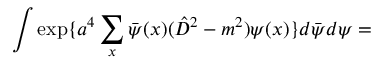
\int \exp \{ a ^ { 4 } \sum _ { x } \bar { \psi } ( x ) ( \hat { D } ^ { 2 } - m ^ { 2 } ) \psi ( x ) \} d \bar { \psi } d \psi =